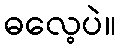
ဓလေ့ပဲ။